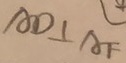
A D \bot A F